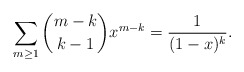
\begin{align*}\sum_{m\geq 1} \binom{m-k}{k-1} x^{m-k}=\frac 1 {(1-x)^k}.\end{align*}